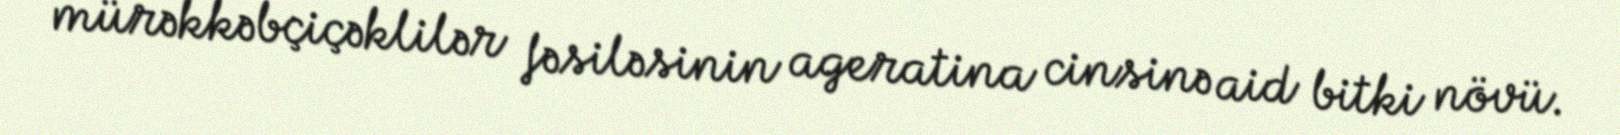
mürəkkəbçiçəklilər fəsiləsinin ageratina cinsinə aid bitki növü.